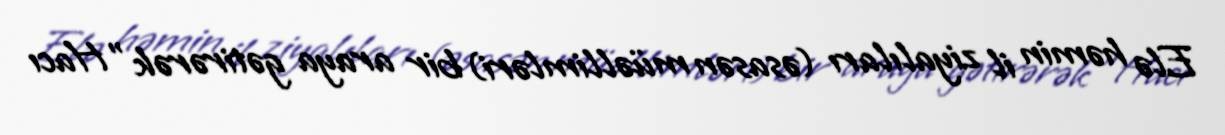
Elə həmin il ziyalıları (əsasən müəllimləri) bir araya gətirərək "Hacı